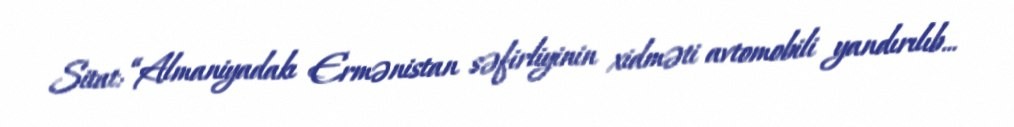
Sitat: “Almaniyadakı Ermənistan səfirliyinin xidməti avtomobili yandırılıb...